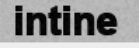
intine